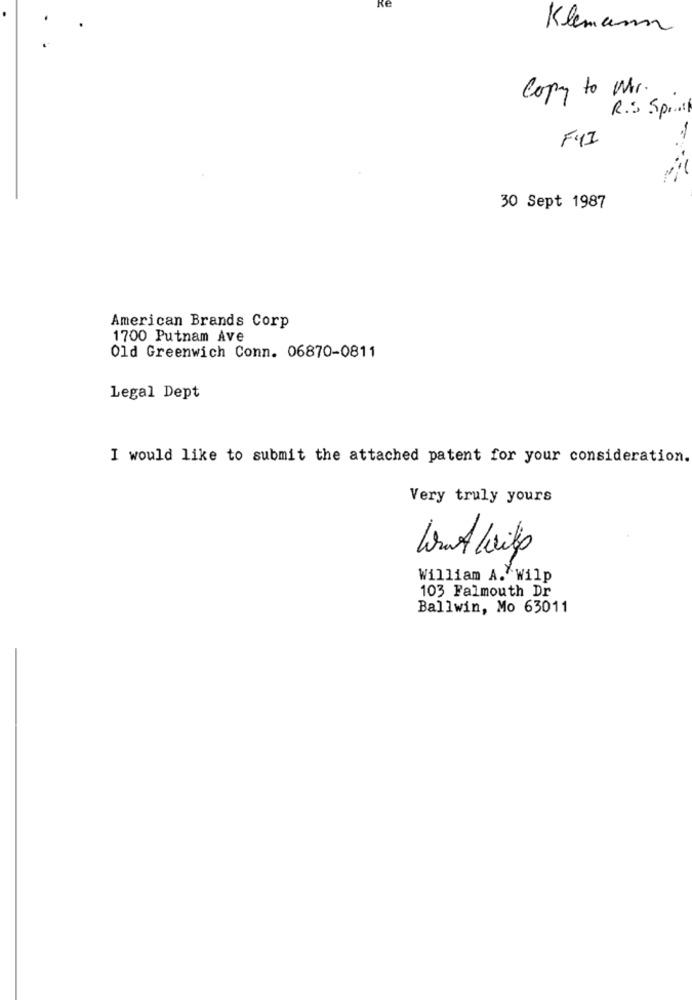
Klemann
Copy to Mr.
R.S. Sprail
FYI
30 Sept 1987
American Brands Corp
1700 Putnam Ave
Old Greenwich Conn. 06870-0811
Legal Dept
I would like to submit the attached patent for your consideration.
Very truly yours
William A. Wilp
103 Falmouth Dr
Ballwin, Mo 63011